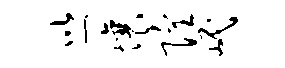
巡壤隍岷